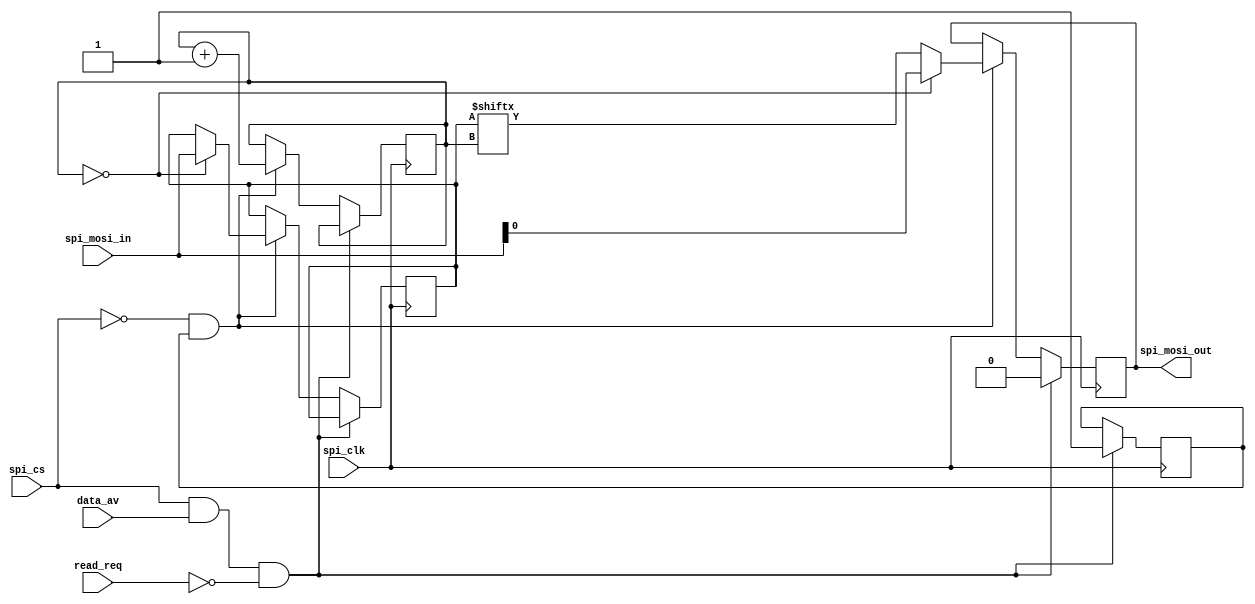
`timescale 1 ns / 1 ps
module spi_mosi(spi_mosi_out,spi_cs,spi_clk,data_av,read_req,spi_mosi_in);

  parameter DSIZE = 8;


    output  spi_mosi_out;
    input spi_cs;
    input  spi_clk;
	input [DSIZE-1:0] spi_mosi_in;
input data_av,read_req;
	reg spi_mosi_out;
	reg[2:0] point;
      reg[DSIZE-1:0] data;
   reg x;
     

	initial
    begin
	     point<=3'b000;
		end
	
	
	always @(posedge spi_clk)

	 if(spi_cs && data_av && !read_req) 
             begin
           spi_mosi_out<=0;
            x<=1;
               
               end

	  else if(!spi_cs && x )
	   begin
	    
		//spi_mosi_out=0;
		  //for(count=0;count<8;count=count+1)
		  //$display ("at time %0d count=%d  ", $time, count);
		   if(point==0)
	                begin 
                         data<=spi_mosi_in;
		         spi_mosi_out<=spi_mosi_in[0];
                          end
	     
                  else begin
		    spi_mosi_out<=data[point];	
		         end
	  point<= point+1;
		    	
          $display ("at time %0d point=%d  ", $time, point);
           $display ("at time %0d data=%b  ", $time, data);


			end

		endmodule